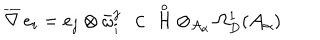
\overline { { { \nabla } } } \, e _ { i } = e _ { j } \otimes \bar { \omega } _ { i } ^ { j } \ \, \in \; \displaystyle \mathop { { \mathcal H } } ^ { \circ } \otimes _ { { \mathcal A } _ { \alpha } } \Omega _ { D } ^ { 1 } ( { \mathcal A } _ { \alpha } )